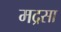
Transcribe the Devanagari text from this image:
मद्रसा